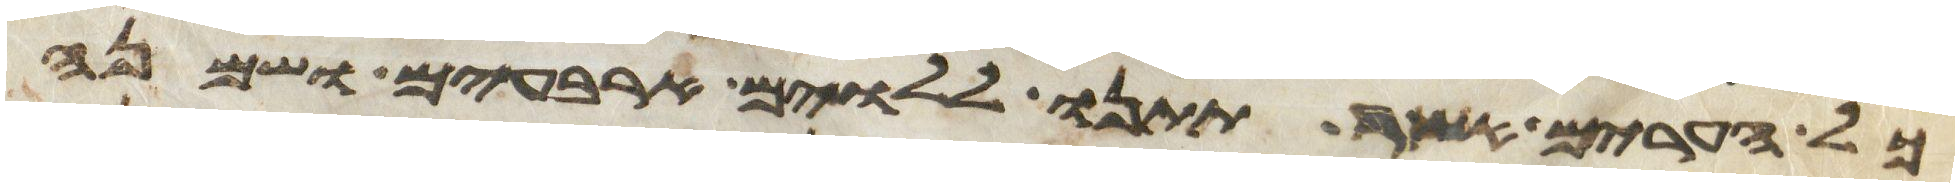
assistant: כל הערים אשר תתנו ללוים ארבעים ושמנה